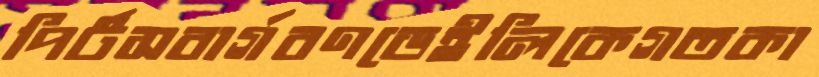
পির্টসবার্গবণডেইলিকেগতকা